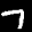
Label: 7